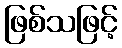
ဖြစ်သဖြင့်